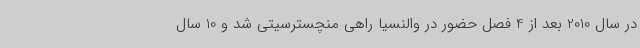
در سال 2010 بعد از 4 فصل حضور در والنسیا راهی منچسترسیتی شد و 10 سال